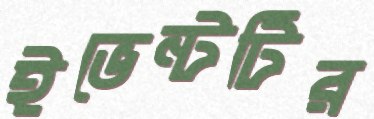
ইভেন্টটির